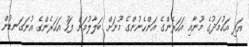
އަދި އަހުމަދުގެ މޫނާއި އަހަރެންގެ އަންހެނުންގެ މޫނަށް ބަލާލުމަށް ފަހު އަހަރެންގެ އުނަގަނޑުން